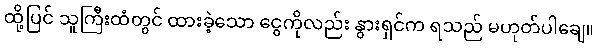
ထို့ပြင် သူကြီးထံတွင် ထားခဲ့သော ငွေကိုလည်း နွားရှင်က ရသည် မဟုတ်ပါချေ။